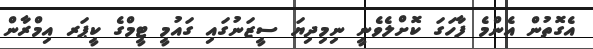
އެގޮތުން އެންމެ ފާހަގަ ކޮށްލެވެނީ ނިމިދިޔަ ސީޒަނުގައި ގައުމީ ޓީމްގެ ކީޕަރ އިމްރާން